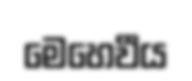
මෙහෙවීය